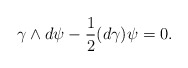
\begin{align*}\gamma\wedge d\psi - {1\over 2}(d\gamma)\psi = 0.\end{align*}